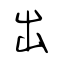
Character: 出